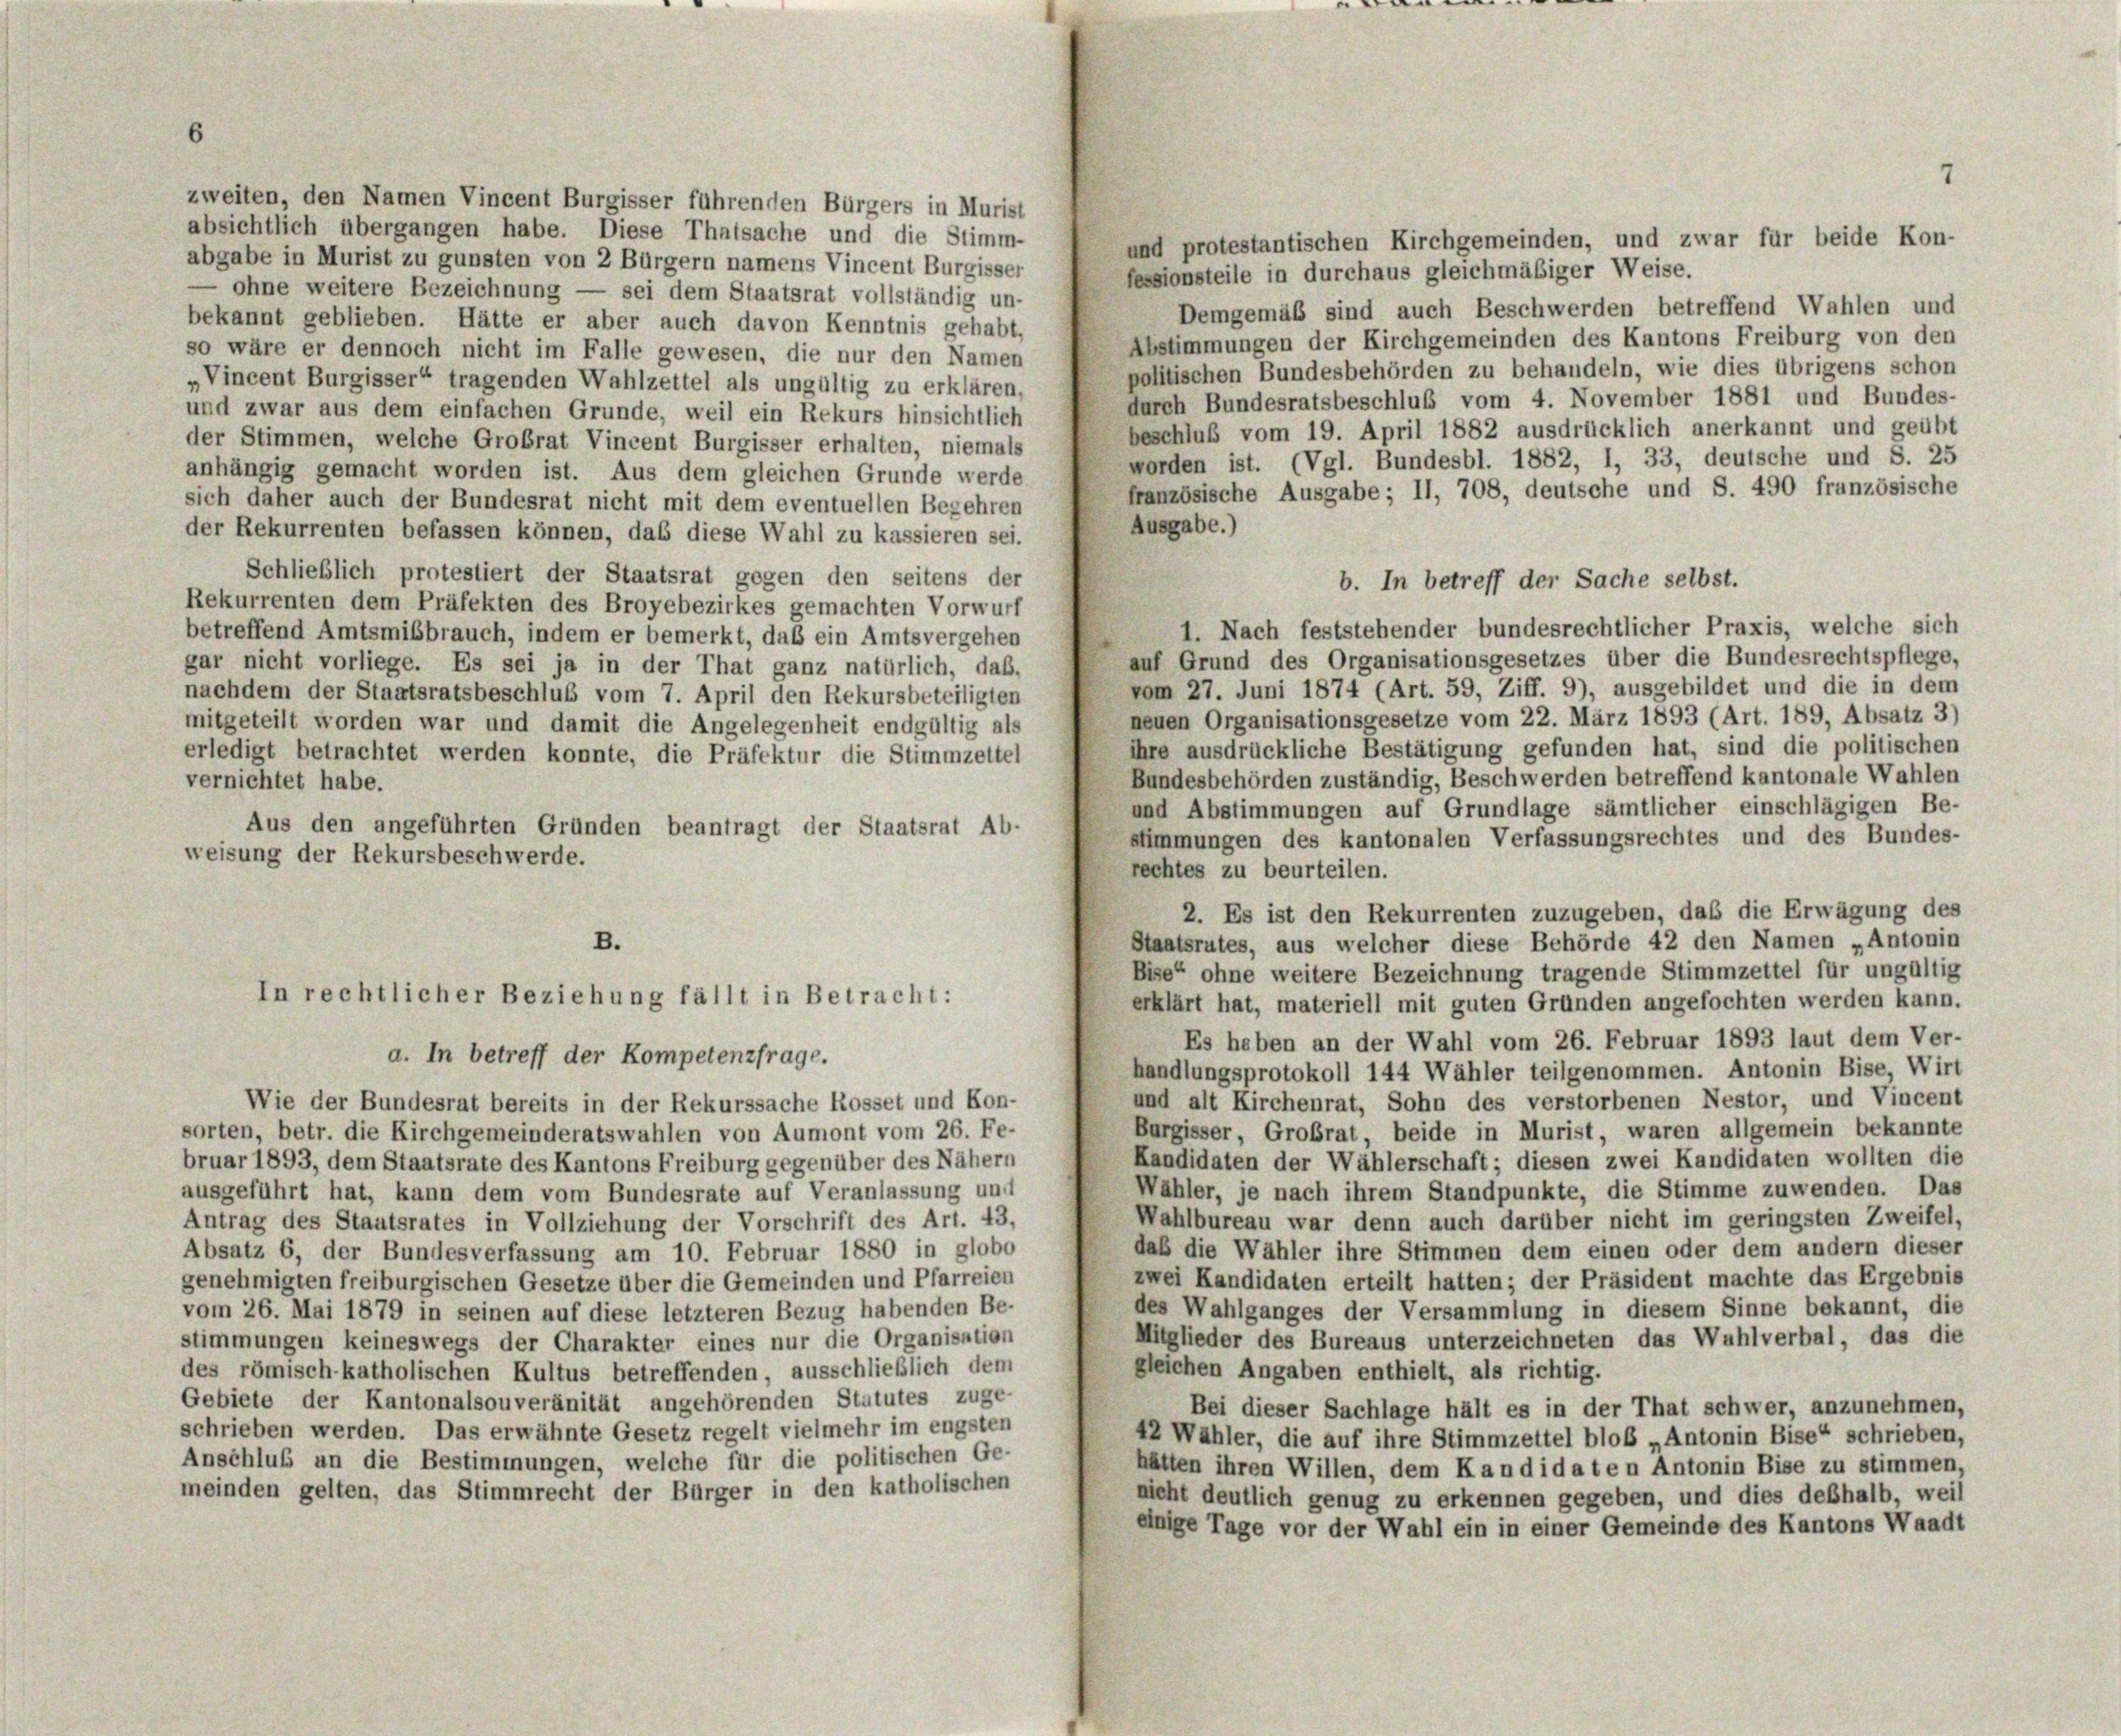
zweiten, den Namen Vincent Burgisser führenden Bürgers in Murist
absichtlich übergangen habe. Diese Thatsache und die Stimm-

und protestantischen Kirchgemeinden, und zwar für beide Kon-
abgabe in Murist zu gunsten von 2 Bürgern namens Vincent Burgisser
fessionsteile in durchaus gleichmäßiger Weise.
ohne weitere Bezeichnung — sei dem Staatsrat vollständig un-
Demgemäß sind auch Beschwerden betreffend Wahlen und
bekannt geblieben. Hätte er aber auch davon Kenntnis gehabt,
Abstimmungen der Kirchgemeinden des Kantons Freiburg von den
so wäre er dennoch nicht im Falle gewesen, die nur den Namen
politischen Bundesbehörden zu behandeln, wie dies übrigens schon
„Vincent Burgisser“ tragenden Wahlzettel als ungültig zu erklären,
durch Bundesratsbeschluß vom 4. November 1881 und Bundes-
und zwar aus dem einfachen Grunde, weil ein Rekurs hinsichtlich
beschluß vom 19. April 1882 ausdrücklich anerkannt und geübt
der Stimmen, welche Grobrat Vincent Burgisser erhalten, niemals
worden ist. (Vgl. Bundesbl. 1882, I, 33, deutsche und S. 25
anhängig gemacht worden ist. Aus dem gleichen Grunde werde
französische Ausgabe; II, 708, deutsche und S. 490 französische
sich daher auch der Bundesrat nicht mit dem eventuellen Begehren
Ausgabe.)
der Rekurrenten befassen können, daß diese Wahl zu kassieren sei.
Schließlich protestiert der Staatsrat gegen den seitens der
b. In betreff der Sache selbst.
Rekurrenten dem Präfekten des Broyebezirkes gemachten Vorwurf
1. Nach feststehender bundesrechtlicher Praxis, welche sich
betreffend Amtsmißbrauch, indem er bemerkt, daß ein Amtsvergehen
auf Grund des Organisationsgesetzes über die Bundesrechtspflege,
gar nicht vorliege. Es sei ja in der That ganz natürlich, das,
vom 27. Juni 1874 (Art. 59, Ziff. 9), ausgebildet und die in dem
nachdem der Staatsratsbeschluß vom 7. April den Rekursbeteiligten
neuen Organisationsgesetze vom 22. März 1893 (Art. 189, Absatz 3)
mitgeteilt worden war und damit die Angelegenheit endgültig als
ihre ausdrückliche Bestätigung gefunden hat, sind die politischen
erledigt betrachtet werden konnte, die Präfektur die Stimmzettel
Bundesbehörden zuständig, Beschwerden betreffend kantonale Wahlen
vernichtet habe.
und Abstimmungen auf Grundlage sämtlicher einschlägigen Be-
Aus den angeführten Gründen beantragt der Staatsrat Ab-
stimmungen des kantonalen Verfassungsrechtes und des Bundes-
weisung der Rekursbeschwerde.
rechtes zu beurteilen.
2. Es ist den Rekurrenten zuzugeben, daß die Erwägung des
Staatsrutes, aus welcher diese Behörde 42 den Namen „Antonin
B.
Bise“ ohne weitere Bezeichnung tragende Stimmzettel für ungültig
In rechtlicher Beziehung fällt in Betracht:
erklärt hat, materiell mit guten Gründen angefochten werden kann.
Es haben an der Wahl vom 26. Februar 1893 laut dem Ver-
a. In betreff der Kompetenzfrage.
handlungsprotokoll 144 Wähler teilgenommen. Antonin Bise, Wirt
und alt Kirchenrat, Sohn des verstorbenen Nestor, und Vincent
Wie der Bundesrat bereits in der Rekurssache Rosset und Kon-
Burgisser, Großrat, beide in Murist, waren allgemein bekannte
sorten, betr. die Kirchgemeinderatswahlen von Aumont vom 26. Fe-
Kandidaten der Wählerschaft; diesen zwei Kandidaten wollten die
bruar 1893, dem Staatsrate des Kantons Freiburg gegenüber des Nähern
Wähler, je nach ihrem Standpunkte, die Stimme zuwenden. Das
ausgeführt hat, kann dem vom Bundesrate auf Veranlassung und
Wahlbureau war denn auch darüber nicht im geringsten Zweifel,
Antrag des Staatsrates in Vollziehung der Vorschrift des Art. 43,
daß die Wähler ihre Stimmen dem einen oder dem andern dieser
Absatz 6, der Bundesverfassung am 10. Februar 1880 in globo
zwei Kandidaten erteilt hatten; der Präsident machte das Ergebnis
genehmigten freiburgischen Gesetze über die Gemeinden und Pfarreien
des Wahlganges der Versammlung in diesem Sinne bekannt, die
vom 26. Mai 1879 in seinen auf diese letzteren Bezug habenden Be-
Mitglieder des Bureaus unterzeichneten das Wahlverbal, das die
stimmungen keineswegs der Charakter eines nur die Organisation
gleichen Angaben enthielt, als richtig.
des römisch-katholischen Kultus betreffenden, ausschließlich dem
Gebiete der Kantonalsouveränität angehörenden Statutes zuge-
Bei dieser Sachlage hält es in der That schwer, anzunehmen,
schrieben werden. Das erwähnte Gesetz regelt vielmehr im engsten
42 Wahler, die auf ihre Stimmzettel bloß „Antonin Bise“ schrieben,
Anschluß an die Bestimmungen, welche für die politischen Ge-
hätten ihren Willen, dem Kandidaten Antonin Bise zu stimmen,
meinden gelten, das Stimmrecht der Bürger in den katholischen
nicht deutlich genug zu erkennen gegeben, und dies deßhalb, weil
einige Tage vor der Wahl ein in einer Gemeinde des Kantons Waadt